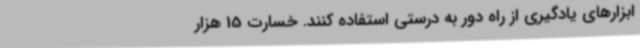
ابزارهای یادگیری از راه دور به درستی استفاده کنند. خسارت 15 هزار